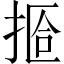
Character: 𫽆